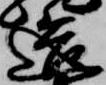
迄